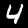
Label: 4